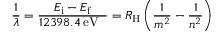
{ \frac { 1 } { \lambda } } = { \frac { E _ { \mathrm { i } } - E _ { \mathrm { f } } } { 1 2 3 9 8 . 4 \, { \mathrm { e V ~ � } } } } = R _ { \mathrm { H } } \left( { \frac { 1 } { m ^ { 2 } } } - { \frac { 1 } { n ^ { 2 } } } \right)